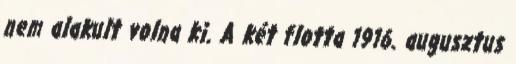
nem alakult volna ki. A két flotta 1916. augusztus